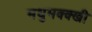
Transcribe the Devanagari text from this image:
मधुमक्क्खी